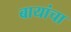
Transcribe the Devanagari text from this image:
बायांचा